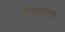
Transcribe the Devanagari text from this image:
पर्रीकरांना